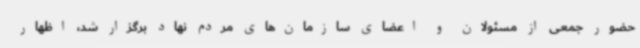
حضور جمعی از مسئولان و اعضای سازمان‌های مردم نهاد برگزار شد، اظهار